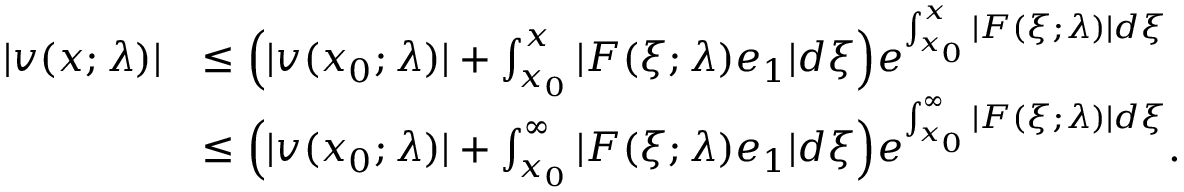
\begin{array} { r l } { | v ( x ; \lambda ) | } & { \le \Big ( | v ( x _ { 0 } ; \lambda ) | + \int _ { x _ { 0 } } ^ { x } | F ( \xi ; \lambda ) e _ { 1 } | d \xi \Big ) e ^ { \int _ { x _ { 0 } } ^ { x } | F ( \xi ; \lambda ) | d \xi } } \\ & { \le \Big ( | v ( x _ { 0 } ; \lambda ) | + \int _ { x _ { 0 } } ^ { \infty } | F ( \xi ; \lambda ) e _ { 1 } | d \xi \Big ) e ^ { \int _ { x _ { 0 } } ^ { \infty } | F ( \xi ; \lambda ) | d \xi } . } \end{array}